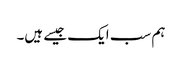
ہم سب ایک جیسے ہیں۔